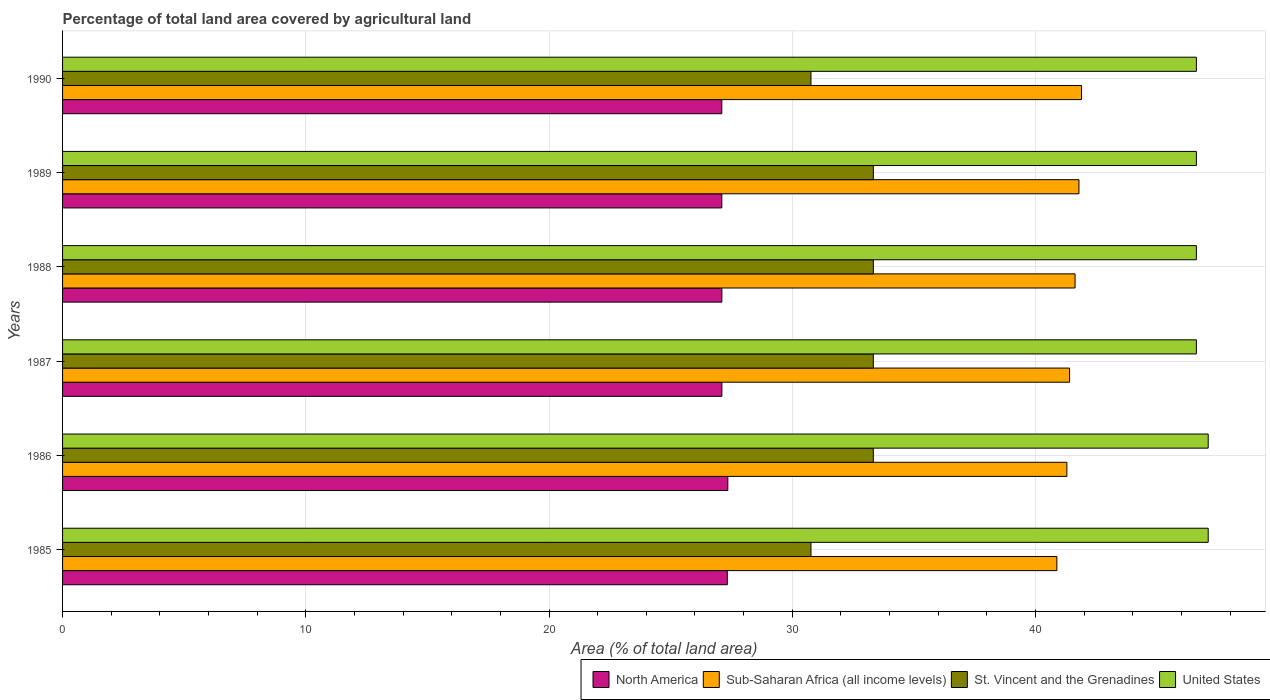
| Years | North America | Sub-Saharan Africa (all income levels) | St. Vincent and the Grenadines | United States |
 | --- | --- | --- | --- | --- |
 | 1985 | 27.3 | 40.9 | 30.8 | 47.1 |
 | 1986 | 27.4 | 41.3 | 33.3 | 47.1 |
 | 1987 | 27.1 | 41.4 | 33.3 | 46.6 |
 | 1988 | 27.1 | 41.6 | 33.3 | 46.6 |
 | 1989 | 27.1 | 41.8 | 33.3 | 46.6 |
 | 1990 | 27.1 | 41.9 | 30.8 | 46.6 |